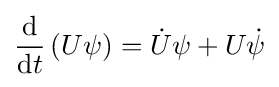
{\frac {\mathrm {d} }{\mathrm {d} t}}\left(U\psi \right)={\dot {U}}\psi +U{\dot {\psi }}